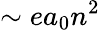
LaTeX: \sim ea_{0}n^{2}